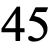
45